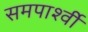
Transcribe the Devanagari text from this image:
समपार्श्वी